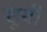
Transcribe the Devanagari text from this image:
शुबी